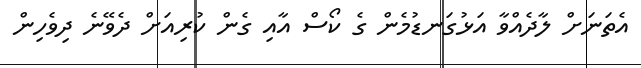
އެތަނަށް ލާދެއްވާ އަޅުގަނޑުމެން ގެ ކޯސް އާއި ގެން ކުރިއަށް ދެވޭނެ ދިވެހިން